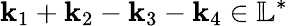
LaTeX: \mathbf{k}_{1}+\mathbf{k}_{2}-\mathbf{k}_{3}-\mathbf{k}_{4}\in\mathbb{L}^{*}